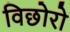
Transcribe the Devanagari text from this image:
विछोरो